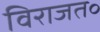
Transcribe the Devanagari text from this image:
विराजत॰